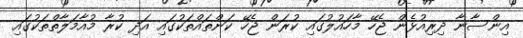
އިންސާނާ ދިރިއުޅެން ޖެހޭ މާހައުލުގައި ކުރަން ޖެހޭ ކަންތައްތަކުގައި އަދި ކުރާ މުއާމަލާތްތަކުގައި